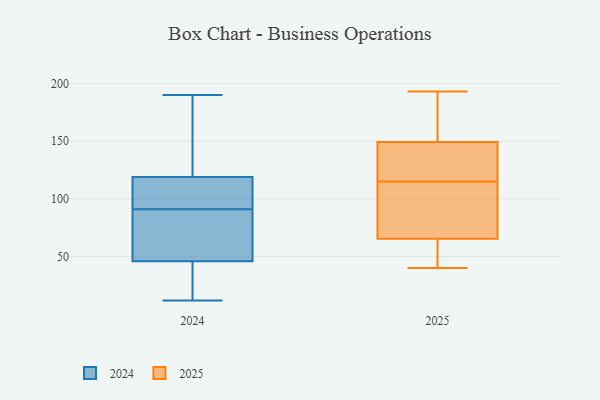
{"axis": {"x": "Market Share (%)", "y": "Value"}, "legend": ["2024", "2025"], "data": [{"x": "", "y": 40, "type": "2025"}, {"x": "", "y": 82, "type": "2025"}, {"x": "", "y": 60, "type": "2025"}, {"x": "", "y": 115, "type": "2025"}, {"x": "", "y": 90, "type": "2025"}, {"x": "", "y": 115, "type": "2025"}, {"x": "", "y": 165, "type": "2025"}, {"x": "", "y": 59, "type": "2025"}, {"x": "", "y": 153, "type": "2025"}, {"x": "", "y": 193, "type": "2025"}, {"x": "", "y": 138, "type": "2025"}, {"x": "", "y": 112, "type": "2024"}, {"x": "", "y": 81, "type": "2024"}, {"x": "", "y": 12, "type": "2024"}, {"x": "", "y": 38, "type": "2024"}, {"x": "", "y": 70, "type": "2024"}, {"x": "", "y": 85, "type": "2024"}, {"x": "", "y": 113, "type": "2024"}, {"x": "", "y": 27, "type": "2024"}, {"x": "", "y": 106, "type": "2024"}, {"x": "", "y": 83, "type": "2024"}, {"x": "", "y": 37, "type": "2024"}, {"x": "", "y": 36, "type": "2024"}, {"x": "", "y": 97, "type": "2024"}, {"x": "", "y": 162, "type": "2024"}, {"x": "", "y": 121, "type": "2024"}, {"x": "", "y": 190, "type": "2024"}, {"x": "", "y": 91, "type": "2024"}, {"x": "", "y": 138, "type": "2024"}, {"x": "", "y": 183, "type": "2024"}]}